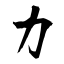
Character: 力